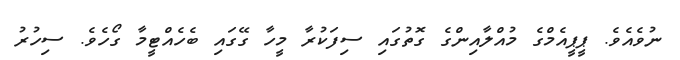
ނުވެއެވެ. ޕީޕީއެމްގެ މުއްލާއިންގެ ގޮތުގައި ސިފަކުރާ މީހާ ގޭގައި ބެހެއްޓީމާ ގޯހެވެ. ސިހުރު